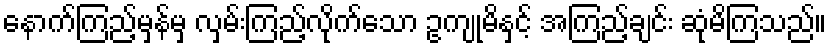
နောက်ကြည့်မှန်မှ လှမ်းကြည့်လိုက်သော ဥကျုမိနှင့် အကြည့်ချင်း ဆုံမိကြသည်။